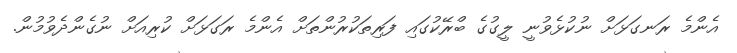
އެންމެ ރަނގަޅަށް ނުކުޅެވުނީ ލީގުގެ ބްރޭކުގައި ފަރިތަކުރުންތަށް އެންމެ ރަގަޅަށް ކުރިއަށް ނުގެންދެވުމުން.